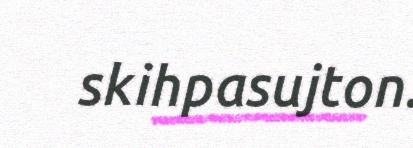
skihpasujton.